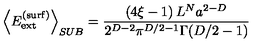
\left\langle E _ { \mathrm { e x t } } ^ { \mathrm { ( s u r f ) } } \right\rangle _ { S U B } = \frac { \left( 4 \xi - 1 \right) L ^ { N } a ^ { 2 - D } } { 2 ^ { D - 2 } \pi ^ { D / 2 - 1 } \Gamma ( D / 2 - 1 ) }